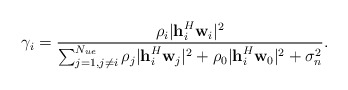
\begin{align*} \gamma_i &= \frac{\rho_i\vert \textbf{h}_i^H \textbf{w}_i\vert^2}{\sum_{j=1,j\neq i}^{N_{ue}}\rho_j\vert \textbf{h}_i^H \textbf{w}_j\vert^2+\rho_0\vert \textbf{h}_i^H \textbf{w}_0\vert^2+\sigma_n^2}.\end{align*}